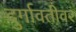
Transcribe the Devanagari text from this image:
दुर्गावतीवर